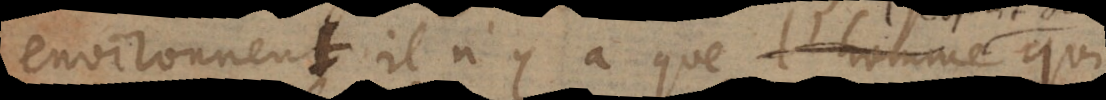
environnent il n’y a que l’homme